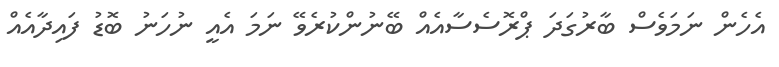
އެހެން ނަމަވެސް ބާރުގަދަ ޕްރޮސެސާއެއް ބޭނުންކުރެވޭ ނަމަ އެއީ ނުހަނު ބޮޑު ފައިދާއެއް